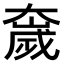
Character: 𫯻